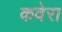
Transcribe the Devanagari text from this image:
कवेरा